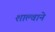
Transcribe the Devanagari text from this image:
शाल्वाने